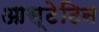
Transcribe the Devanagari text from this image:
आस्टेटिन